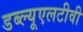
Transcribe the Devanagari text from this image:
डब्ल्यूएलटीवी